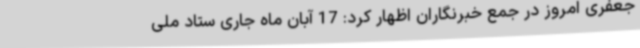
جعفری امروز در جمع خبرنگاران اظهار کرد: 17 آبان ماه جاری ستاد ملی